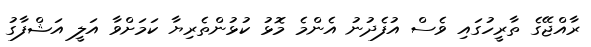
ރާއްޖޭގެ ތާރީހުގައި ވެސް އުފެދުނު އެންމެ މޮޅު ކުޅުންތެރިޔާ ކަމަށްވާ އަލީ އަޝްފާގު